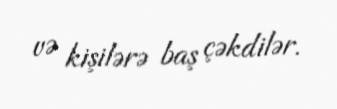
və kişilərə baş çəkdilər.